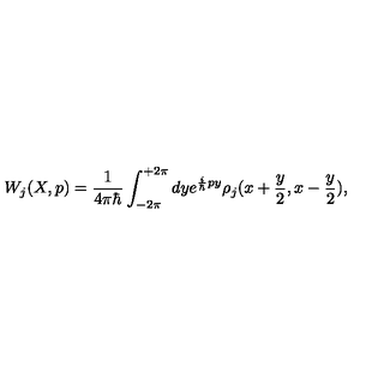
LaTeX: W _ { j } ( X , p ) = \frac { 1 } { 4 \pi \hbar } \int _ { - 2 \pi } ^ { + 2 \pi } d y e ^ { { \frac { i } { \hbar } } p y } \rho _ { j } ( x + { \frac { y } { 2 } } , x - { \frac { y } { 2 } } ) ,